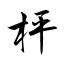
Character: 枰